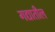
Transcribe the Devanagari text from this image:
गद्यातील